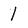
Character: 1